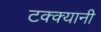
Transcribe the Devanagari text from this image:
टक्क्यानी